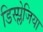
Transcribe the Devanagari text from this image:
डिस्प्लेजिया